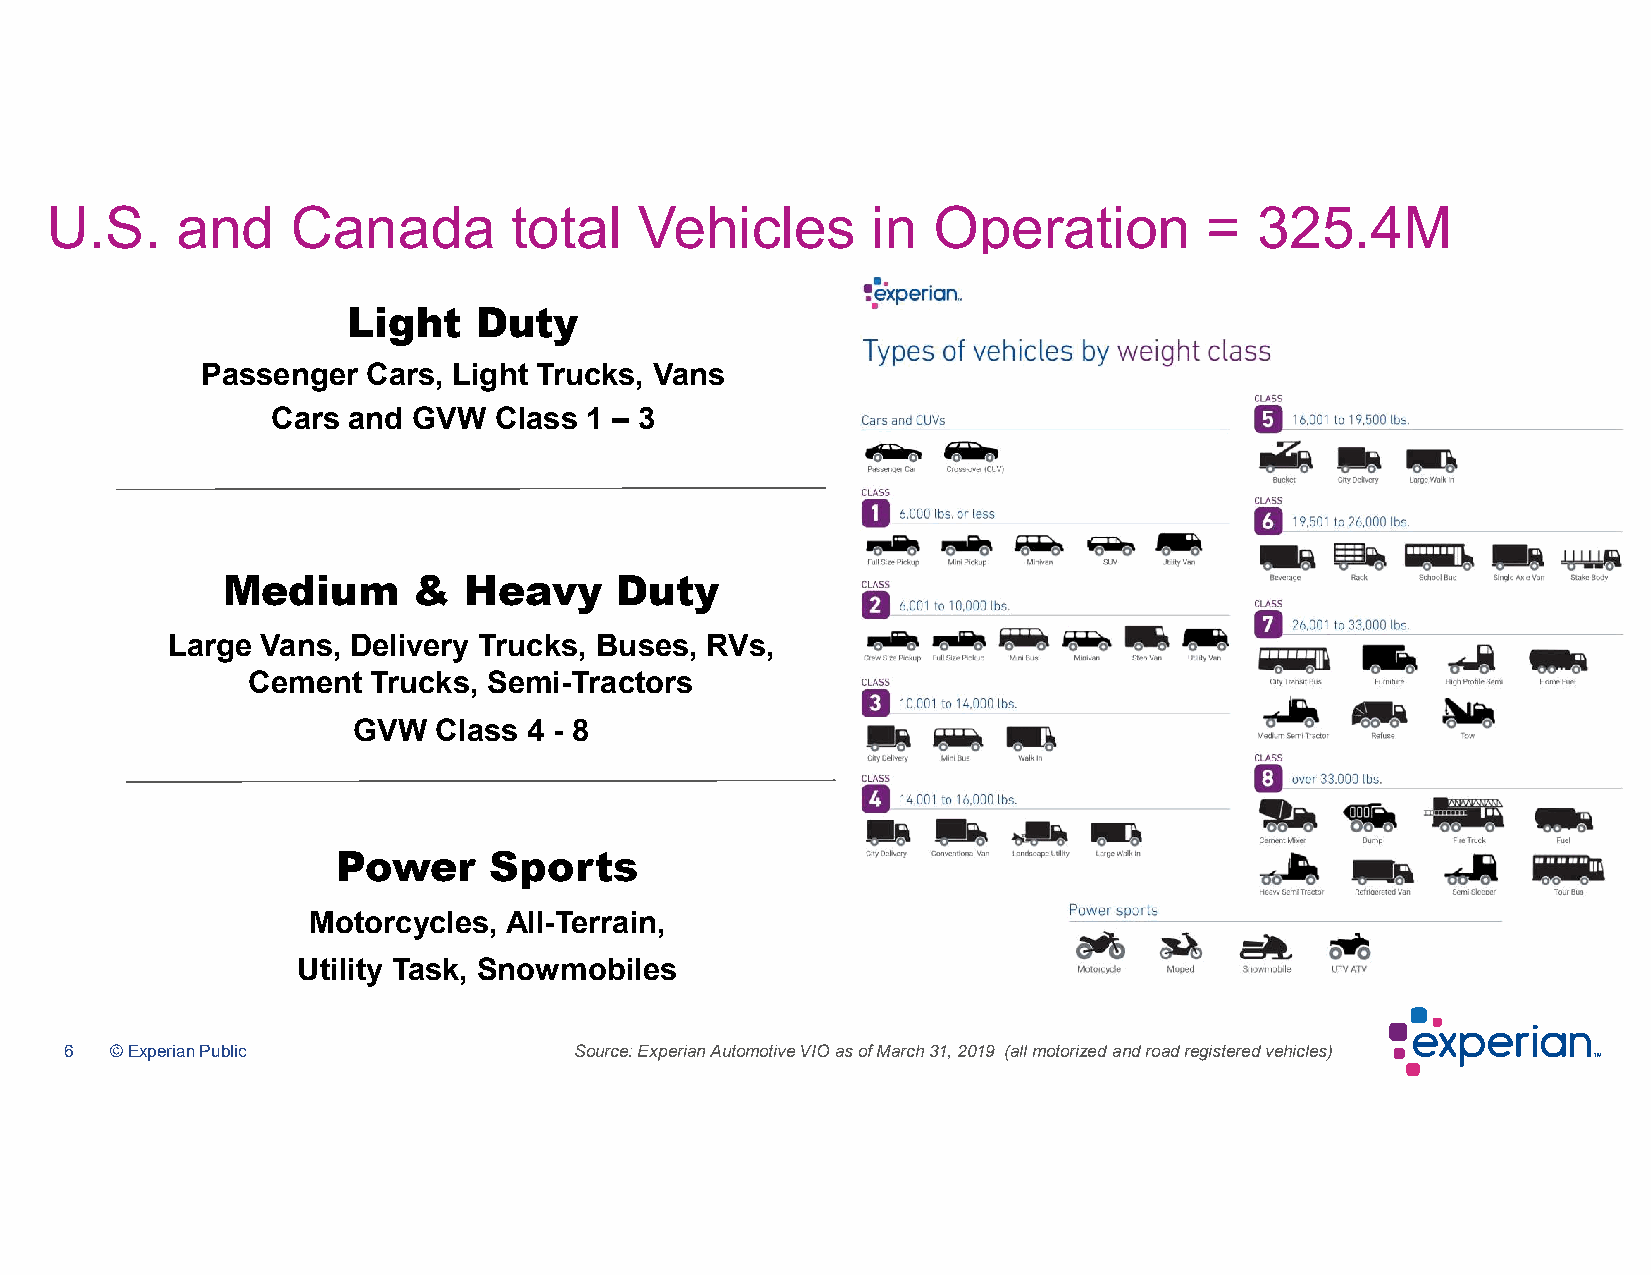
U.S.     and    Canada         total   Vehicles        in  Operation         =  325.4M
 Light   Duty
 Passenger  Cars, Light Trucks, Vans
 Cars and GVW   Class 1 – 3
 Medium      &   Heavy     Duty
 Large Vans, Delivery Trucks, Buses, RVs,
 Cement   Trucks, Semi-Tractors
 GVW   Class 4 - 8
 Power     Sports
 Motorcycles, All-Terrain,
 Utility Task, Snowmobiles
 6  © Experian Public              Source: Experian Automotive VIO as of March 31, 2019 (all motorized and road registered vehicles)